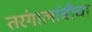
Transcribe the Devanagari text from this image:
तरंगालांबीचा